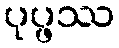
ပုပ္ဖဿ